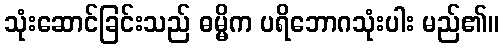
သုံးဆောင်ခြင်းသည် ဓမ္မိက ပရိဘောဂသုံးပါး မည်၏။